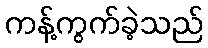
ကန့်ကွက်ခဲ့သည်